DOW-UAP-D74, Mission Report, Syria, November 2023
Agency: Department of War
Incident date: 11/9/23
Incident location: Syria
Page 6
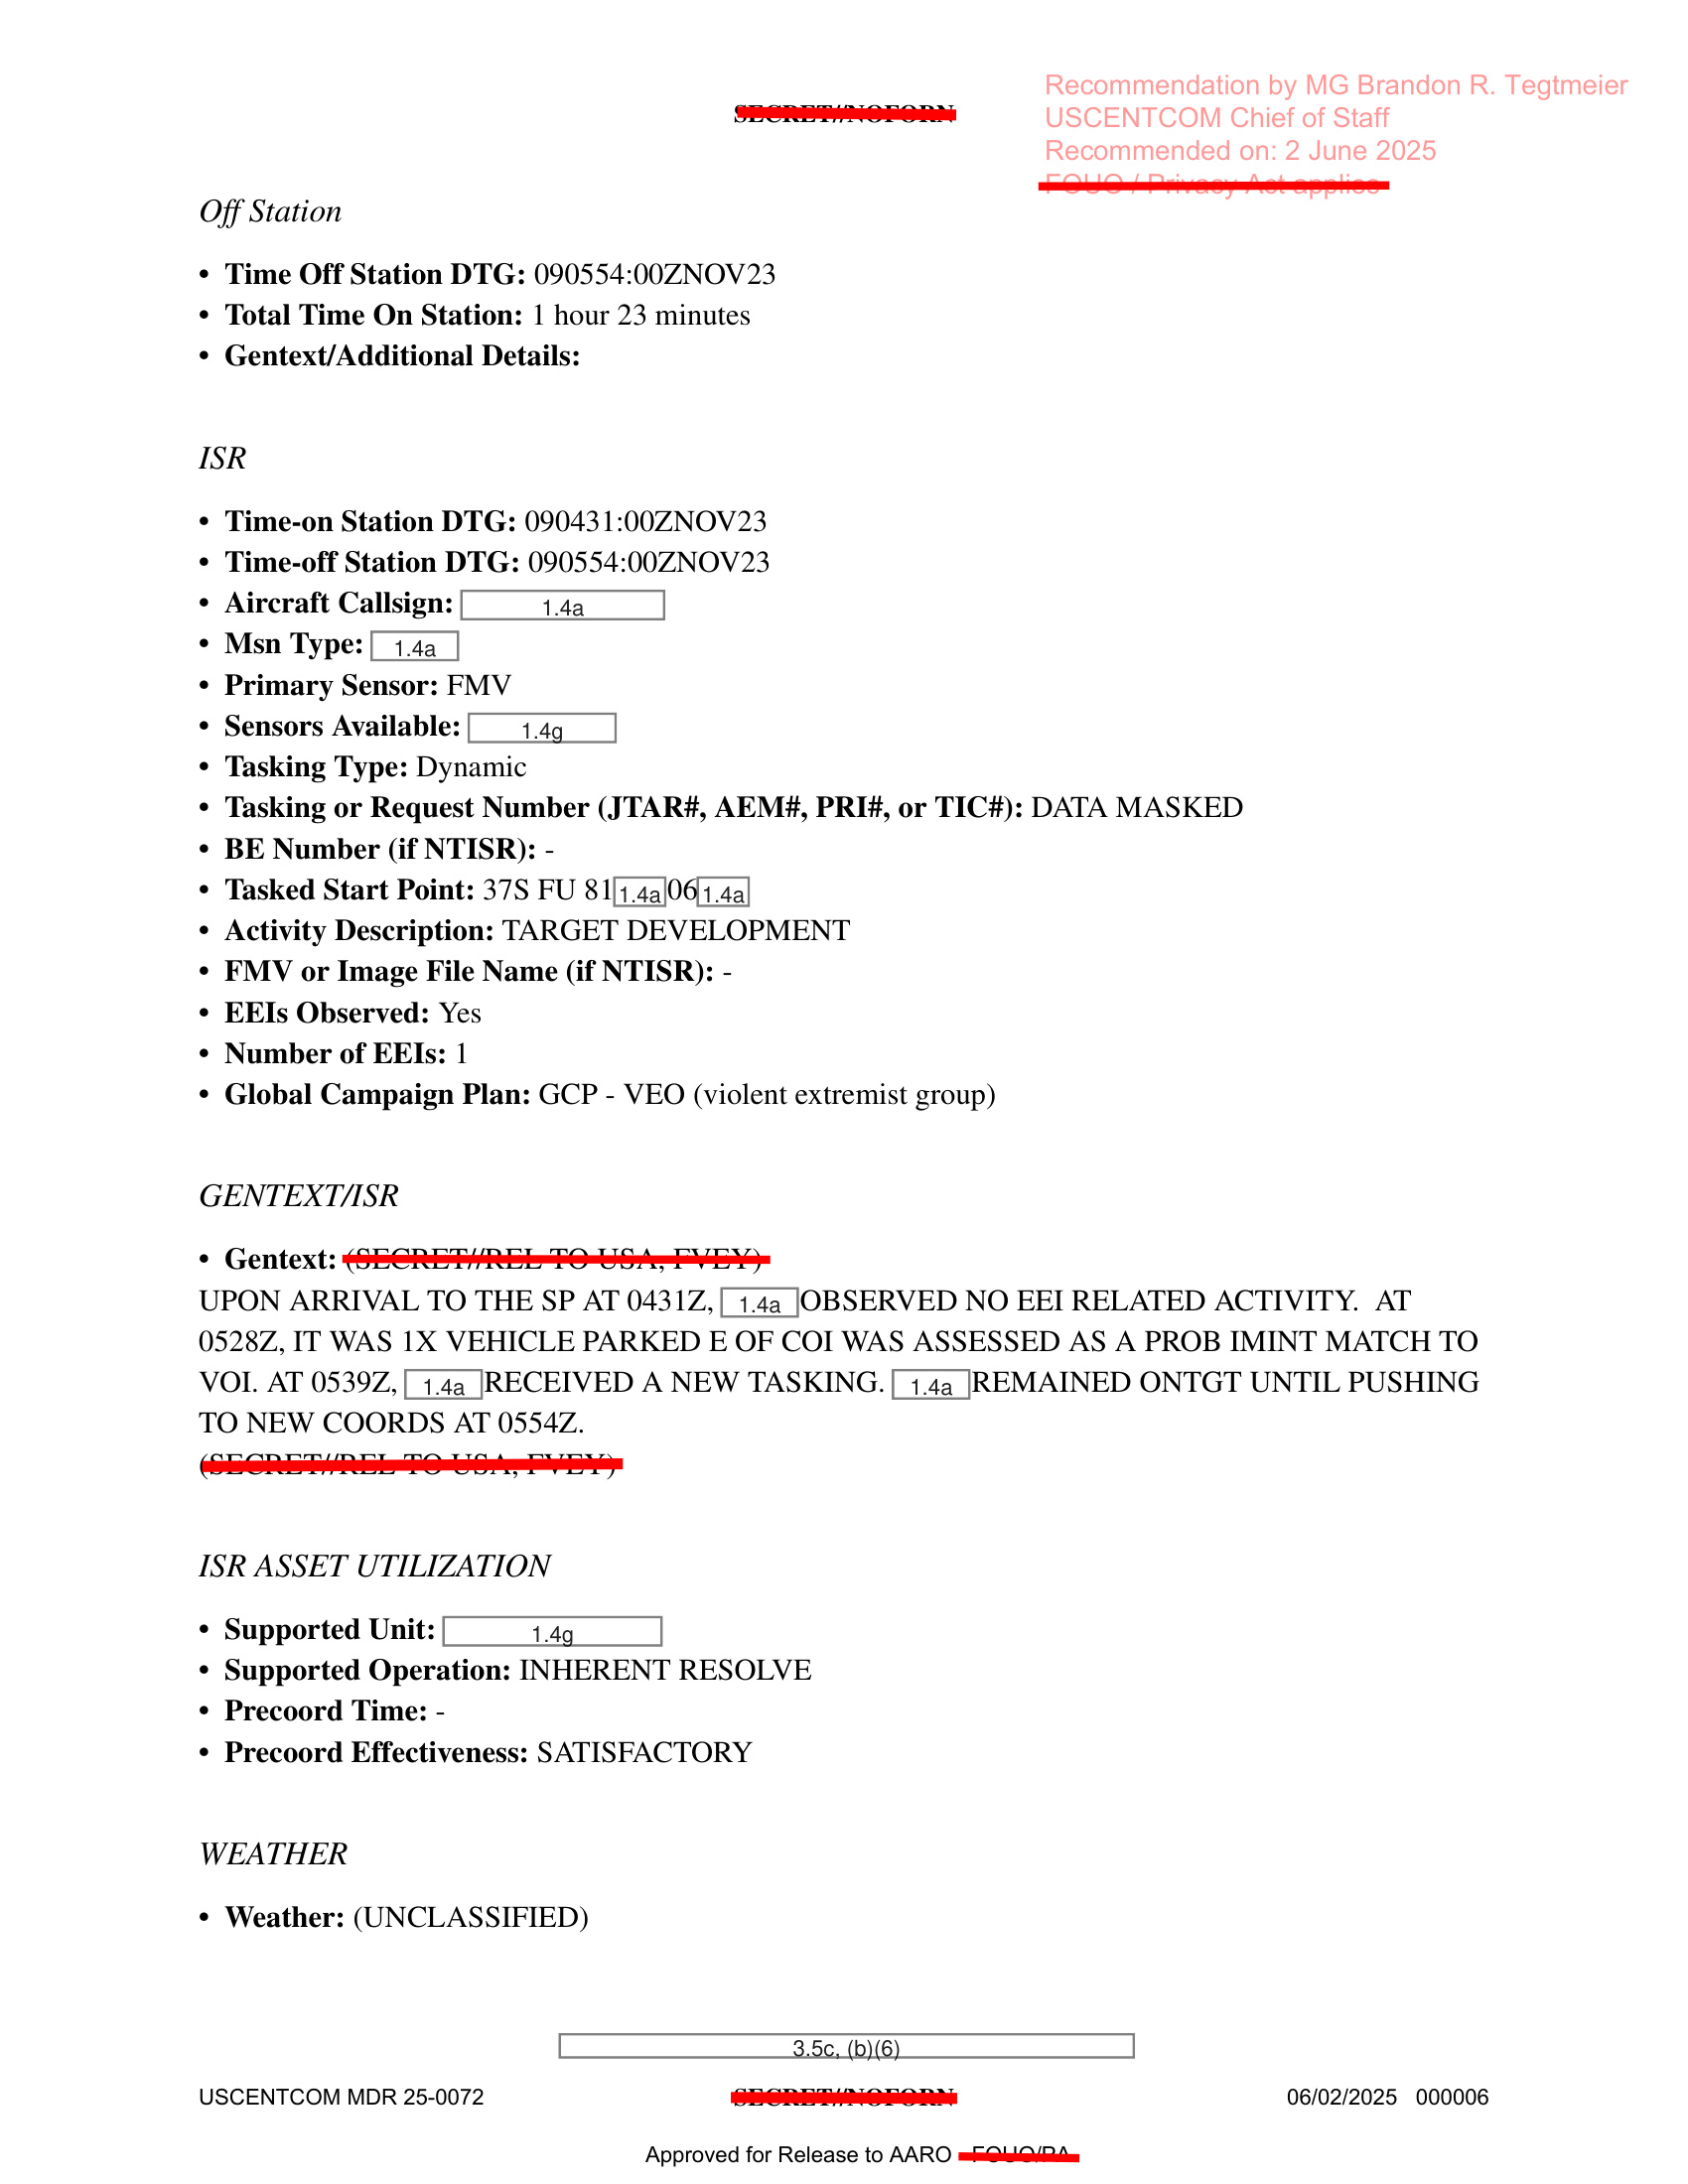